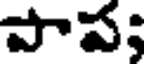
పాప;